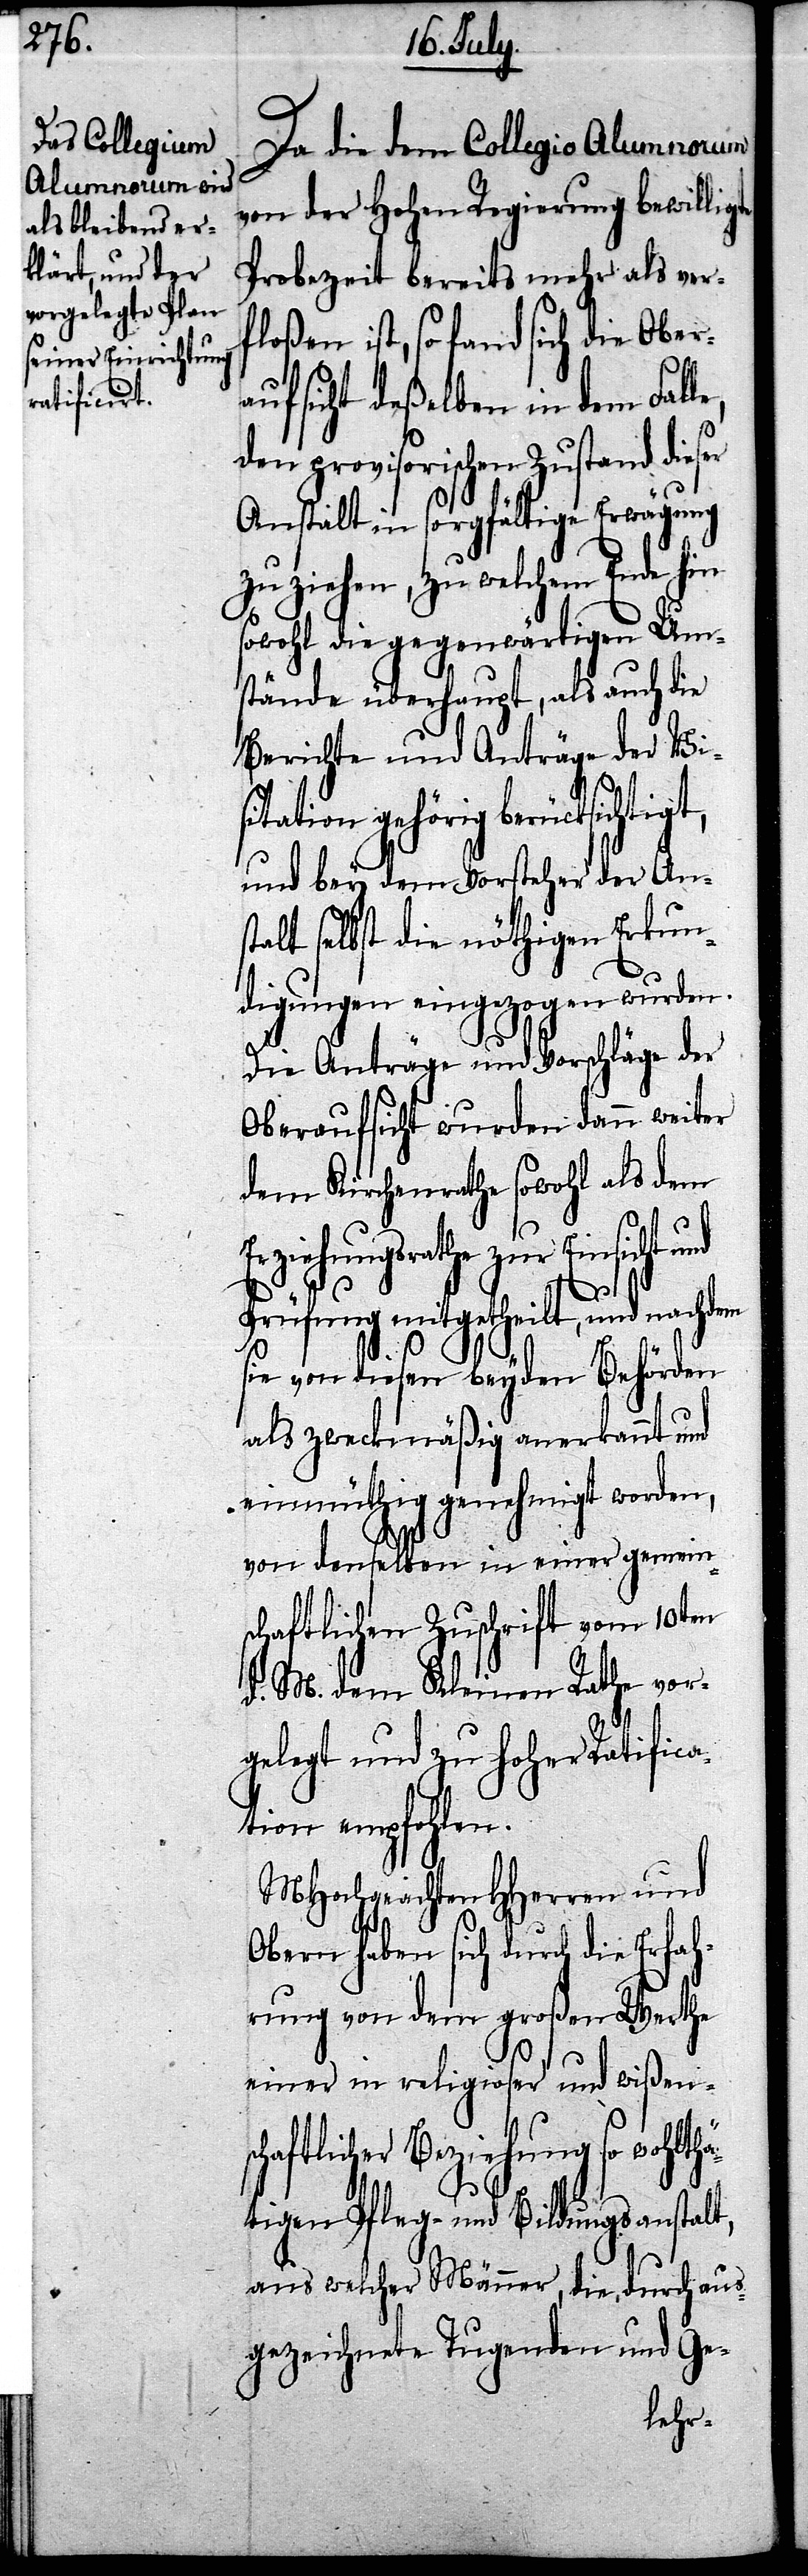
Da die dem Collegio Alumnorum
von der Hohen Regierung bewillig¬
Probezeit bereits mehr als ver¬
floßen ist, so fand sich die Ober¬
aufsicht deßelben in dem Fall¬
den provisorischen Zustand dieser
Anstalt in sorgfältige Erwägung
zu ziehen, zu welchem Ende hin
sowohl die gegenwärtigen Um¬
stände überhaupt, als auch die
Berichte und Anträge der Vis¬
itation gehörig berücksichtigt,
und bey dem Vorsteher der Ans¬
talt selbst die nöthigen Erkun¬
digungen eingezogen wurden.
Die Anträge und Vorschläge der
Oberaufsicht wurden dann weiter
dem Kirchenrathe sowohl als dem
Erziehungsrathe zur Einsicht und
e,
Prüfung mitgetheilt, und nachdem
sie von diesen beyden Behörden
als zweckmäßig anerkannt und
einmüthig genehmigt worden,
von demselben in einer gemein¬
schaftlichen Zuschrift vom 10ten
d. M. dem Kleinen Rathe vor¬
gelegt und zu Hoher Ratifica¬
tion empfohlen.
MHochgeachten HHerren und
Obern haben sich durch die Erfa¬
hrung von dem großen Werthe
einer in religioser und wißens¬
chaftlicher Beziehung so wohlthä¬
tigen Pfleg- und Bildungsanstalt,
aus welcher Männer, die, durch aus¬
gezeichnete Tugenden und Ge-